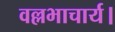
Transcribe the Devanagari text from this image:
वल्लभाचार्य।